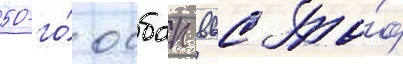
50-го́ осбап ввс то́ф